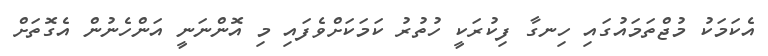
އެކަމަކު މުޖްތަމައުގައި ހިނގާ ފިކުރަކީ ހުތުރު ކަމަކަށްވެފައި މި އޮންނަނީ އަންހެނުން އެގޮތަށް